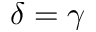
\delta = \gamma